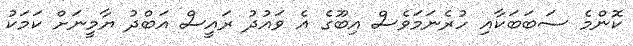
ކޮންމެ ސަބަބަކާއި ހުރެނަމަވެސް އިބޫގެ އެ ވައުދު ރައީސް އަބްދު ޔާމީނަށް ކަމަކު